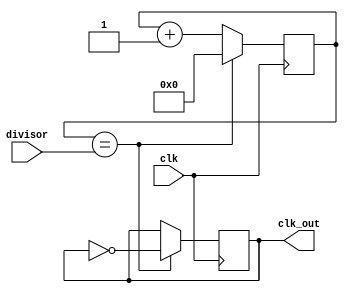
module clk_divider (
    input wire clk,
    input wire [7:0] divisor,
    output reg clk_out
);

reg [7:0] counter;

always @ (posedge clk) begin
    if (counter == divisor) begin
        counter <= 0;
        clk_out <= ~clk_out;
    end else begin
        counter <= counter + 1;
    end
end

endmodule